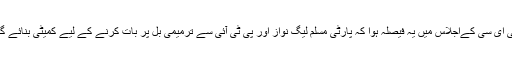
سی ای سی کےاجلاس میں یہ فیصلہ ہوا کہ پارٹی مسلم لیگ نواز اور پی ٹی آئی سے ترمیمی بل پر بات کرنے کے لیے کمیٹی بنائے گی۔